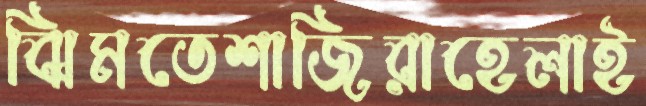
ঝিমতেশাজিরাহেলাই